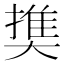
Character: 𡙱